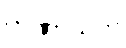
တဏှာသုတ်